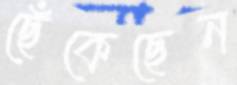
ছেঁকেছেন